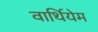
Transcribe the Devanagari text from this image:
वार्थियेम